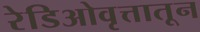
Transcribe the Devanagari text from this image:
रेडिओवृत्तातून